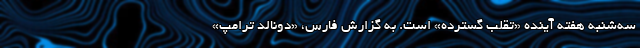
سه‌شنبه هفته آینده «تقلب گسترده» است. به گزارش فارس، «دونالد ترامپ»